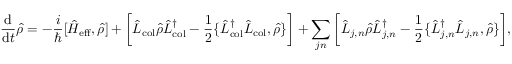
\frac { \mathrm { d } } { \mathrm { d } t } \hat { \rho } = - \frac { i } { \hbar } [ \hat { H } _ { \mathrm { e f f } } , \hat { \rho } ] + \bigg [ \hat { L } _ { \mathrm { c o l } } \hat { \rho } \hat { L } _ { \mathrm { c o l } } ^ { \dag } - \frac { 1 } { 2 } \{ \hat { L } _ { \mathrm { c o l } } ^ { \dag } \hat { L } _ { \mathrm { c o l } } , \hat { \rho } \} \bigg ] + \sum _ { j n } \bigg [ \hat { L } _ { j , n } \hat { \rho } \hat { L } _ { j , n } ^ { \dag } - \frac { 1 } { 2 } \{ \hat { L } _ { j , n } ^ { \dag } \hat { L } _ { j , n } , \hat { \rho } \} \bigg ] ,